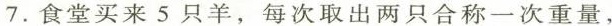
7.食堂买来5只羊，每次取出两只合称一次重量，